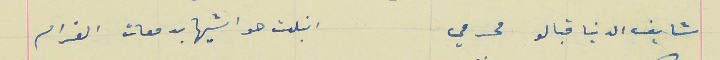
شايف الدنيا قبالو محرمي                                       انبلت حواشيها بدمعات الغرام